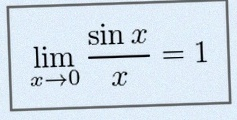
\lim_{x\to0}\frac{\sin x}{x}=1